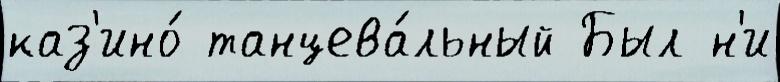
каз'ино́ танцева́льный Был н'и